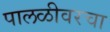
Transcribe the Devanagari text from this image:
पालळीवरचा